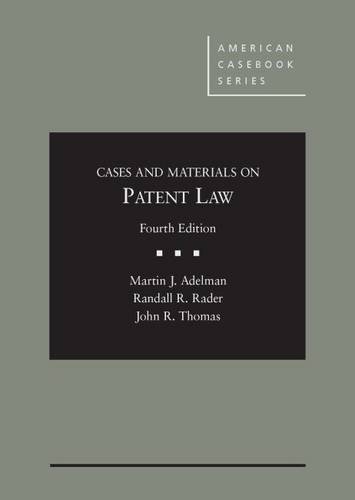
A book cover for Cases and Materials on Patent Law (American Casebook Series); Martin Adelman; Law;